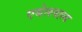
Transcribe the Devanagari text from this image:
एथेलवाल्ड